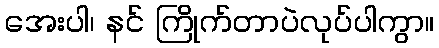
အေးပါ၊ နင် ကြိုက်တာပဲလုပ်ပါကွာ။